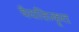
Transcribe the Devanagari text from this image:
वैयक्तिकृत